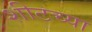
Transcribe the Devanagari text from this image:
शीटच्या